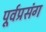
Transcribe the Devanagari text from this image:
पूर्वप्रसंग